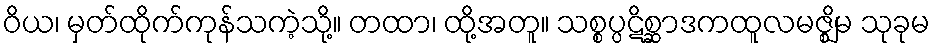
ဝိယ၊ မှတ်ထိုက်ကုန်သကဲ့သို့။ တထာ၊ ထို့အတူ။ သစ္စပ္ပဋိစ္ဆာဒကထူလမဇ္ဈိမ သုခုမ